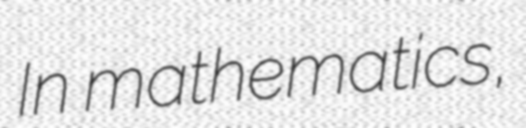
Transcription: In mathematics,